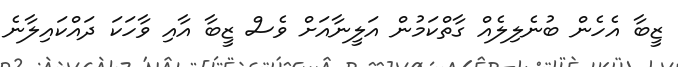
ޒީބާ އެހެން ބުނެލިލެއް ގާތްކަމުން އަލީނާއަށް ވެސް ޒީބާ އާއި ވާހަކަ ދައްކައިލާނެ